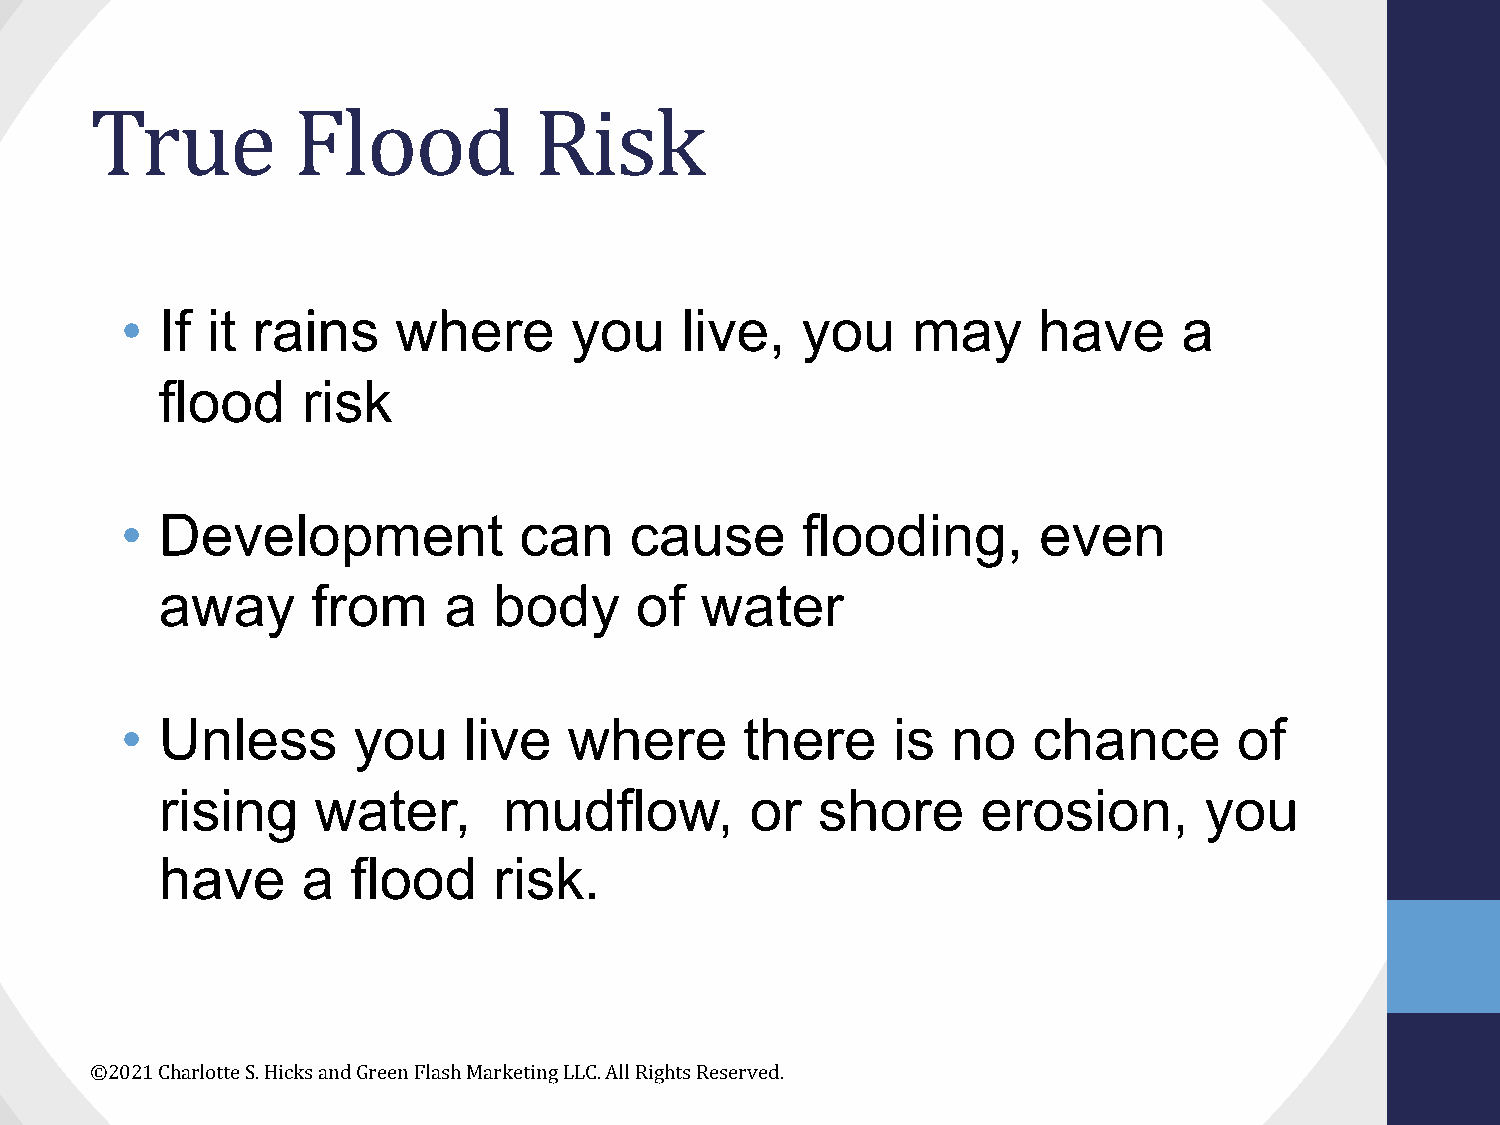
True         Flood           Risk
 •  If it rains    where       you    live,   you    may      have     a
 flood    risk
 •  Development            can     cause      flooding,       even
 away      from    a   body     of  water
 •  Unless      you     live   where      there     is  no   chance        of
 rising    water,      mudflow,         or  shore      erosion,       you
 have     a  flood     risk.
 ©2021 Charlotte S. Hicks and Green Flash Marketing LLC. All Rights Reserved.